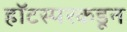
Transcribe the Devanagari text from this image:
हॉटस्परकडून